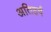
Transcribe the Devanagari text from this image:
अतिहर्ष